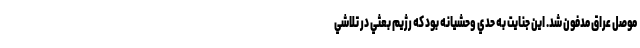
موصل عراق مدفون شد. اين جنايت به حدي وحشيانه بود كه رژيم بعثي در تلاشي